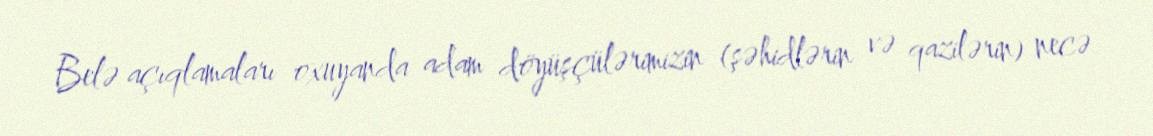
Belə açıqlamaları oxuyanda adam döyüşçülərimizin (şəhidlərin və qazilərin) necə